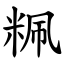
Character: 䊃